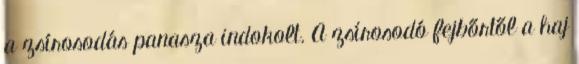
a zsírosodás panasza indokolt. A zsírosodó fejbőrtől a haj